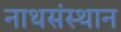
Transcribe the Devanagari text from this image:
नाथसंस्थान